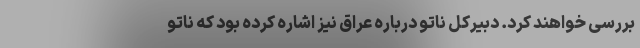
بررسی خواهند کرد. دبیرکل ناتو درباره عراق نیز اشاره کرده بود که ناتو